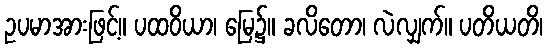
ဥပမာအားဖြင့်။ ပထဝိယာ၊ မြေ၌။ ခလိတော၊ လဲလျှက်။ ပတိယတိ၊